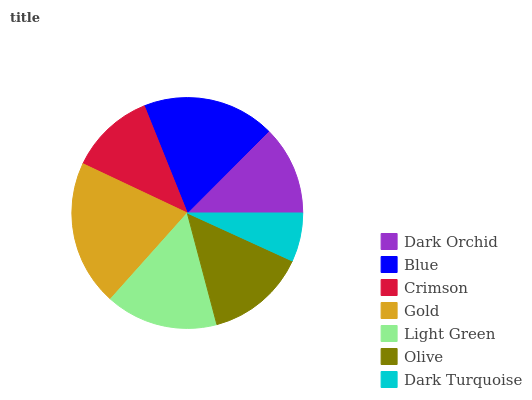
| Dark Orchid | Blue | Crimson | Gold | Light Green | Olive | Dark Turquoise |
 | --- | --- | --- | --- | --- | --- | --- |
 | 12.5% | 18.6% | 11.9% | 20.4% | 15.7% | 14.1% | 6.81% |